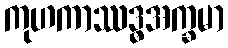
ကုဟကာဿဒ္ဓအက္ခမာ